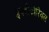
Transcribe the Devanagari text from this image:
इक्वीटोरियल